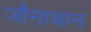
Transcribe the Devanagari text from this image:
जौनाथान